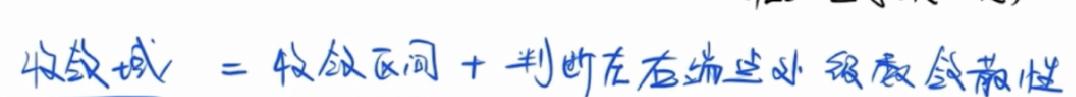
收敛域 = 收敛区间 + 判断在在端点处级数敛散性